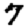
Digit: 7